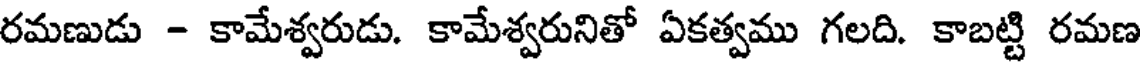
రమణుడు - కామేశ్వరుడు. కామేశ్వరునితో ఏకత్వము గలది. కాబట్టి రమణ